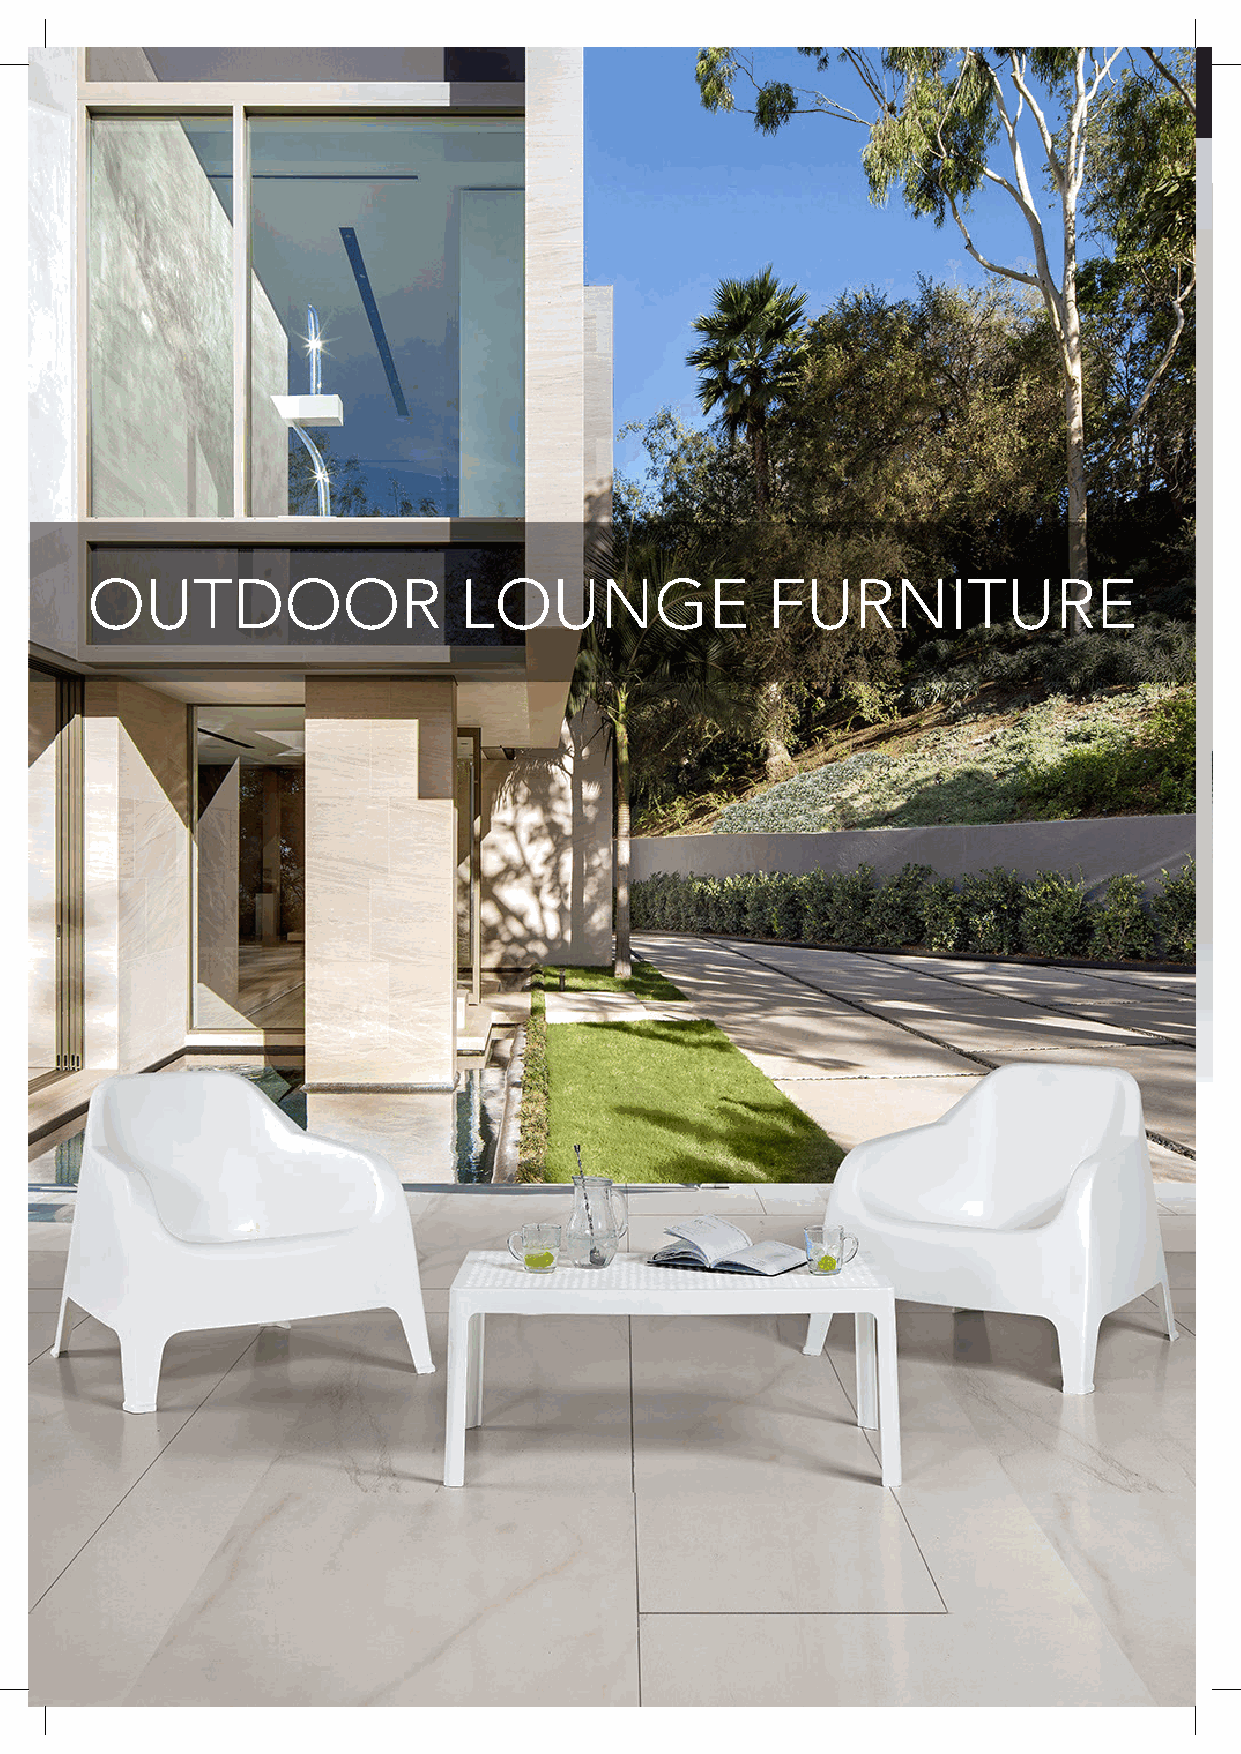
OUTDOOR                 LOUNGE               FURNITURE
 258 All items available in a range of colours, including customers own materials. Items also available in frame only.
 ERUTINRUF
 ROODTUO
 TNEMPIUQE
 &